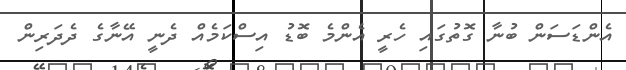
އެންޑަސަން ބުނާ ގޮތުގައި ހެރީ އެންމެ ބޮޑު އިސްކަމެއް ދެނީ އޭނާގެ ދެދަރިން